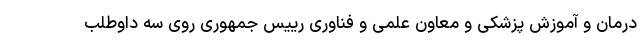
درمان و آموزش پزشکی و معاون علمی و فناوری رییس جمهوری روی سه داوطلب